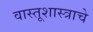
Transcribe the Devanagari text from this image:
वास्तूशास्त्राचे